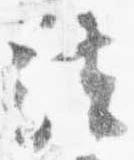
法